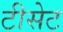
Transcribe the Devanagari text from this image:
टीसेट